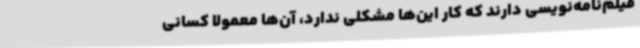
فیلم‌نامه‌نویسی دارند که کار این‌ها مشکلی ندارد، آن‌ها معمولا کسانی